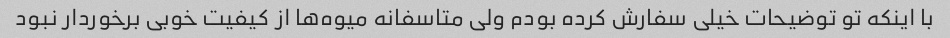
با اینکه تو توضیحات خیلی سفارش کرده بودم ولی متاسفانه میوه‌ها از کیفیت خوبی برخوردار نبود